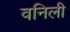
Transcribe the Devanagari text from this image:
वनिली